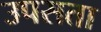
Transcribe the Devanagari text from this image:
उपसता